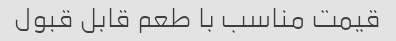
قیمت مناسب با طعم قابل قبول